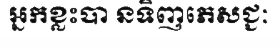
អ្នកខ្លះបា នទិញភេសជ្ជៈ